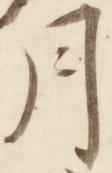
月